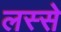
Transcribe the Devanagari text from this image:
लस्से